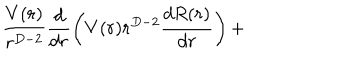
LaTeX: \frac { V ( r ) } { r ^ { D - 2 } } \frac { d } { d r } \left( V ( r ) r ^ { D - 2 } \frac { d R ( r ) } { d r } \right) +